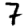
Digit: 7